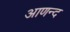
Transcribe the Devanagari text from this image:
आणन्द